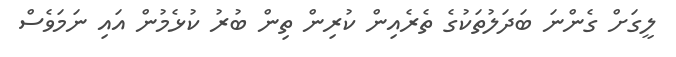
ލީގަށް ގެންނަ ބަދަލުތަކުގެ ތެރެއިން ކުރިން ތިން ބުރު ކުޅެމުން އައި ނަމަވެސް